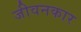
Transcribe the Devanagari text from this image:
जीवनकार